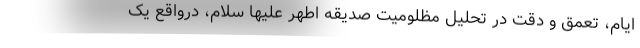
ایام، تعمق و دقت در تحلیل مظلومیت صدیقه اطهر علیها سلام، درواقع یک